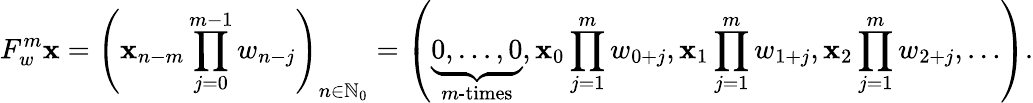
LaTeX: F_{w}^{m}\mathbf{x}=\left(\mathbf{x}_{n-m}\prod_{j=0}^{m-1}w_{n-j}\right)_{n\in\mathbb{{N}}_{0}}=\left(\underbrace{{0,\ldots,0}}_{m\textrm{{-times}}},\mathbf{x}_{0}\prod_{j=1}^{m}w_{0+j},\mathbf{x}_{1}\prod_{j=1}^{m}w_{1+j},\mathbf{x}_{2}\prod_{j=1}^{m}w_{2+j},\ldots\right).